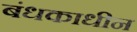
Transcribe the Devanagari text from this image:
बंधकाधीन